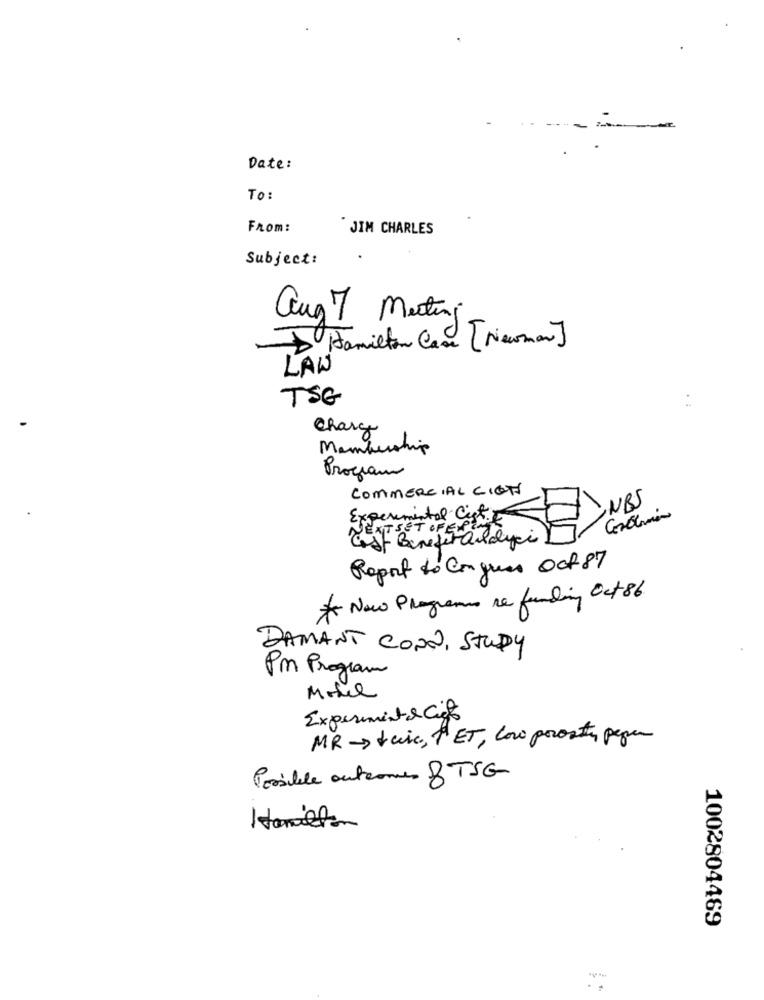
Date:
TO :
From:
JIM CHARLES
Subject:
aug 7 Meting
1 Hamilton Case [Newman]
LAW
TSG
..
Charge
Membership
Program
COMMERCIAL CION
Experimental CistiE
Est Benefitandyci
Report to Con ques Oct 87
* New Programs re funding Oct 86
DAMANT CON, STUDY
Pm Program
Experiment& Cit
MR -> taic, HET, con prostens peper
Posible outcomes BTSG
Hamilton
1002804469